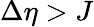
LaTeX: \Delta\eta>J